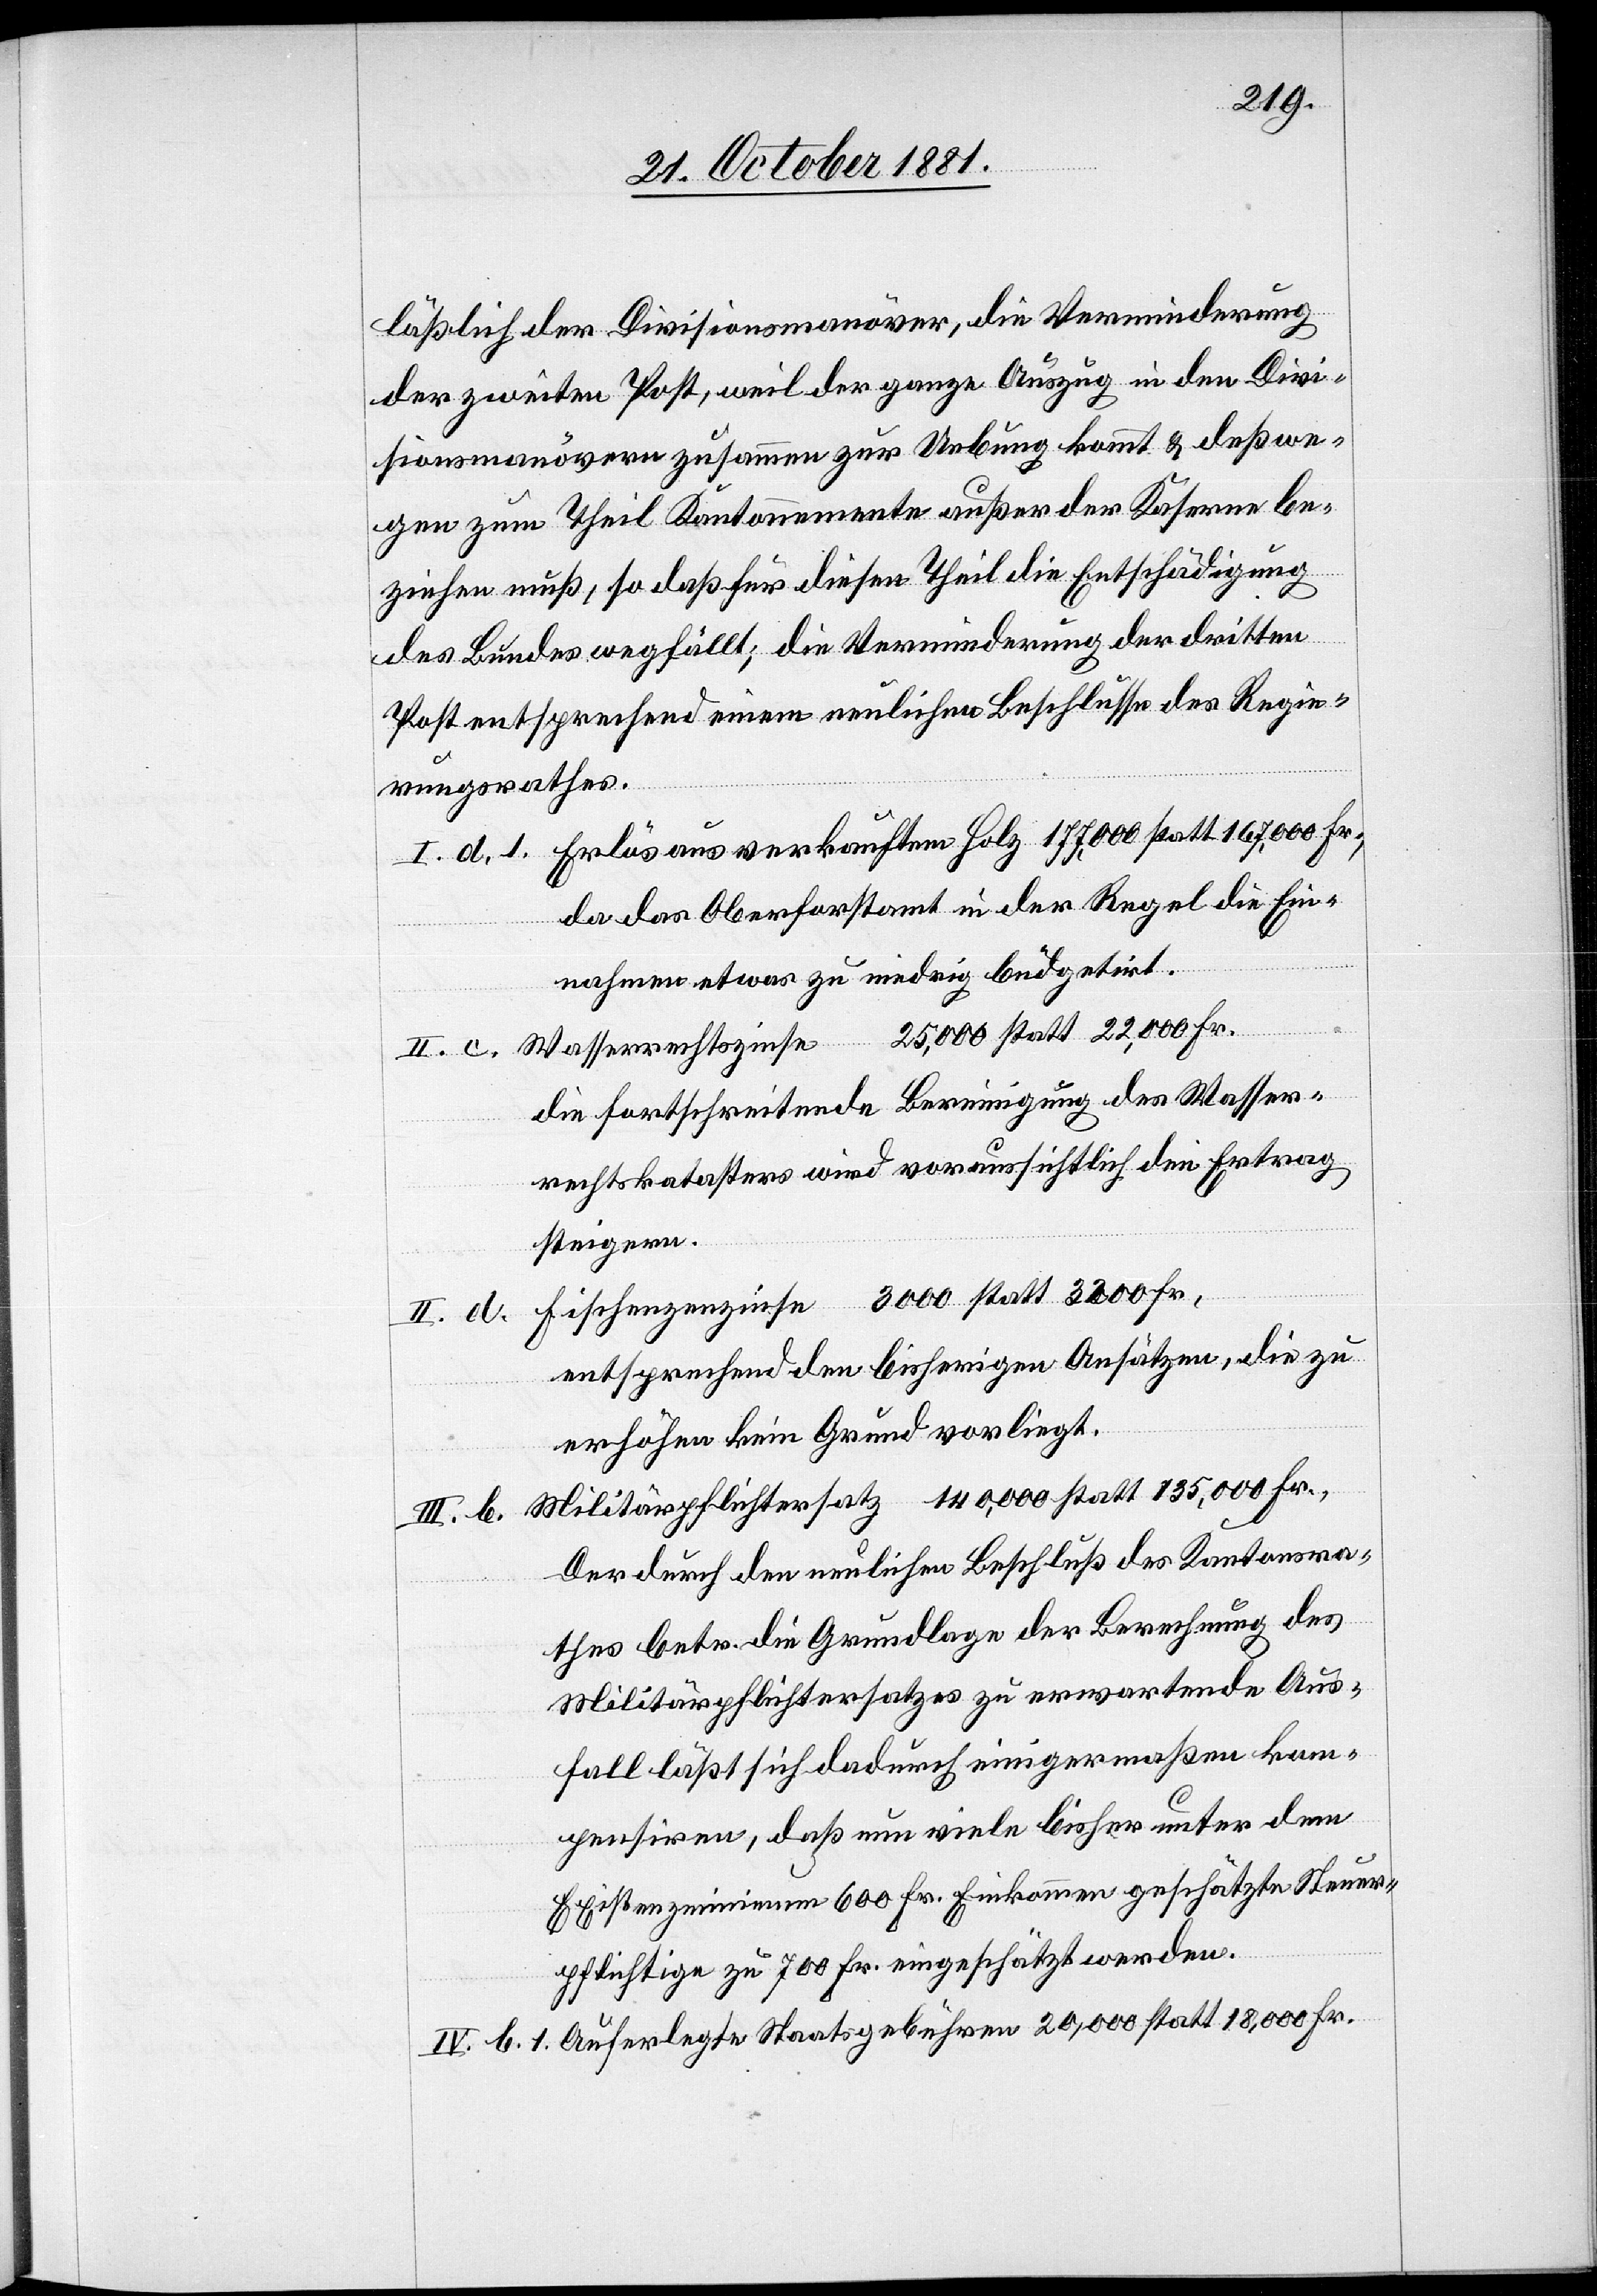
läßlich der Divisionsmanöver, die Verminderung
der zweiten Post, weil der ganze Auszug in den Divi¬
sionsmanövern zusammen zur Uebung kommt & deßwe¬
gen zum Theil Kantonnemente außer der Kaserne be¬
ziehen muß, so daß für diesen Theil die Entschädigung
des Bundes wegfällt; die Verminderung der dritten
Post entsprechend einem neulichen Beschlusse des Regie¬
rungsrathes.
I. d. 1. Erlös aus verkauftem Holz				177,000 statt 167,000 Fr.,
da das Oberforstamt in der Regel die Ein¬
nahmen etwas zu niedrig büdgetirt.
e				25,000 statt 22,000 Fr.
II. c. Wasserrechtszins¬
die fortschreitende Bereinigung des Wasser¬
rechtskatasters wird voraussichtlich den Ertrag
steigern.
Fischenzenzinse					3000 statt 3200 Fr.,
III. b.
entsprechend den bisherigen Ansätzen, die zu
erhöhen kein Grund vorliegt.
Militärpflichtersatz				140,000 statt 135,000 Fr.,
Der durch den neulichen Beschluß des Kantonsra¬
thes betr. die Grundlage der Berechnung des
Militärpflichtersatzes zu erwartende Aus¬
fall läßt sich dadurch einigermaßen kom¬
pensiren, daß nun viele bisher unter dem
Existenzminimum 600 Fr. Einkommen geschätzte Steuer¬
pflichtige zu 700 Fr. eingeschätzt werden.
IV. b. 1. Auferlegte Staatsgebühren				20,000 statt 18,000 Fr.